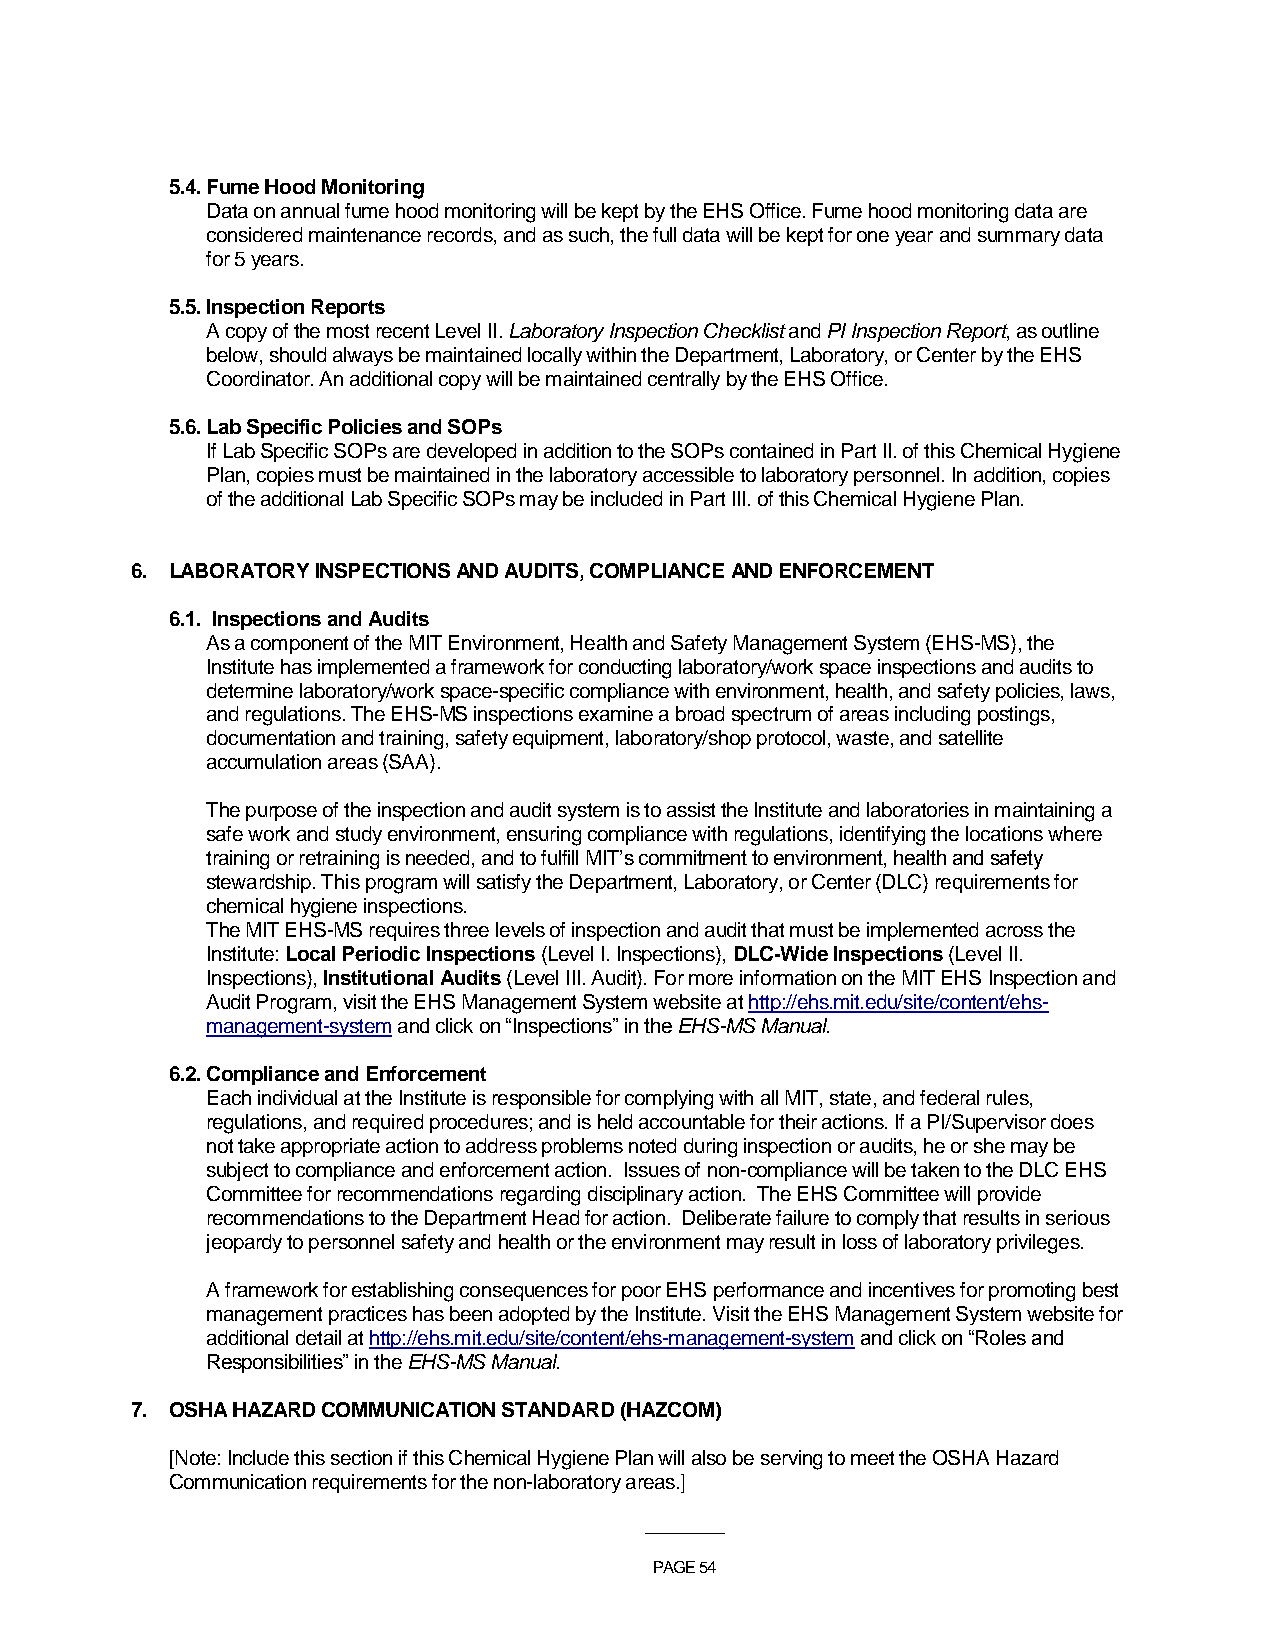
5.4. Fume Hood Monitoring
 Data on annual fume hood monitoring will be kept by the EHS Office. Fume hood monitoring data are
 considered maintenance records, and as such, the full data will be kept for one year and summary data
 for 5 years.
 5.5. Inspection Reports
 A copy of the most recent Level II. Laboratory Inspection Checklist and PI Inspection Report, as outline
 below, should always be maintained locally within the Department, Laboratory, or Center by the EHS
 Coordinator. An additional copy will be maintained centrally by the EHS Office.
 5.6. Lab Specific Policies and SOPs
 If Lab Specific SOPs are developed in addition to the SOPs contained in Part II. of this Chemical Hygiene
 Plan, copies must be maintained in the laboratory accessible to laboratory personnel. In addition, copies
 of the additional Lab Specific SOPs may be included in Part III. of this Chemical Hygiene Plan.
 6. LABORATORY INSPECTIONS AND AUDITS, COMPLIANCE AND ENFORCEMENT
 6.1. Inspections and Audits
 As a component of the MIT Environment, Health and Safety Management System (EHS-MS), the
 Institute has implemented a framework for conducting laboratory/work space inspections and audits to
 determine laboratory/work space-specific compliance with environment, health, and safety policies, laws,
 and regulations. The EHS-MS inspections examine a broad spectrum of areas including postings,
 documentation and training, safety equipment, laboratory/shop protocol, waste, and satellite
 accumulation areas (SAA).
 The purpose of the inspection and audit system is to assist the Institute and laboratories in maintaining a
 safe work and study environment, ensuring compliance with regulations, identifying the locations where
 training or retraining is needed, and to fulfill MIT’s commitment to environment, health and safety
 stewardship. This program will satisfy the Department, Laboratory, or Center (DLC) requirements for
 chemical hygiene inspections.
 The MIT EHS-MS requires three levels of inspection and audit that must be implemented across the
 Institute: Local Periodic Inspections (Level I. Inspections), DLC-Wide Inspections (Level II.
 Inspections), Institutional Audits (Level III. Audit). For more information on the MIT EHS Inspection and
 Audit Program, visit the EHS Management System website at http://ehs.mit.edu/site/content/ehs-
 management-system and click on “Inspections” in the EHS-MS Manual.
 6.2. Compliance and Enforcement
 Each individual at the Institute is responsible for complying with all MIT, state, and federal rules,
 regulations, and required procedures; and is held accountable for their actions. If a PI/Supervisor does
 not take appropriate action to address problems noted during inspection or audits, he or she may be
 subject to compliance and enforcement action. Issues of non-compliance will be taken to the DLC EHS
 Committee for recommendations regarding disciplinary action. The EHS Committee will provide
 recommendations to the Department Head for action. Deliberate failure to comply that results in serious
 jeopardy to personnel safety and health or the environment may result in loss of laboratory privileges.
 A framework for establishing consequences for poor EHS performance and incentives for promoting best
 management practices has been adopted by the Institute. Visit the EHS Management System website for
 additional detail at http://ehs.mit.edu/site/content/ehs-management-system and click on “Roles and
 Responsibilities” in the EHS-MS Manual.
 7. OSHA HAZARD COMMUNICATION STANDARD (HAZCOM)
 [Note: Include this section if this Chemical Hygiene Plan will also be serving to meet the OSHA Hazard
 Communication requirements for the non-laboratory areas.]
 ___________
 PAGE 54